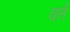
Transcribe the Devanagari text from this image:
र्क्त